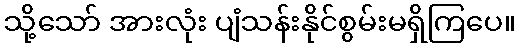
သို့သော် အားလုံး ပျံသန်းနိုင်စွမ်းမရှိကြပေ။